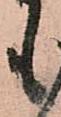
も